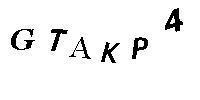
GTAKP4